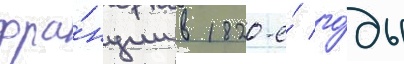
фра́нции в 1820-е́ го́ды